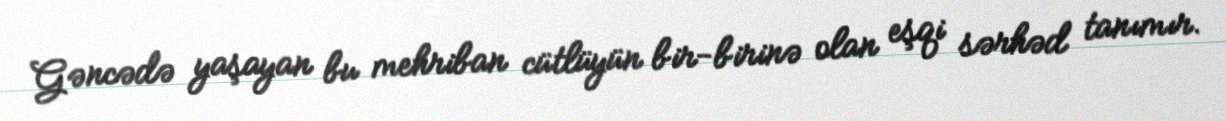
Gəncədə yaşayan bu mehriban cütlüyün bir-birinə olan eşqi sərhəd tanımır.